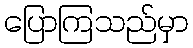
ပြောကြသည်မှာ